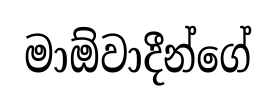
මාඕවාදීන්ගේ